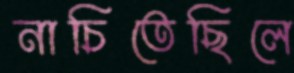
নাচিতেছিলে